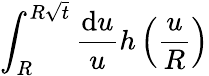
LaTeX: \int_{R}^{R\sqrt{t}}\frac{\mathrm{d}u}{u}h\left(\frac{u}{R}\right)